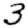
Digit: 3